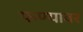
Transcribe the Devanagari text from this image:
फण्यावर